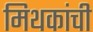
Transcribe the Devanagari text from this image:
मिथकांची